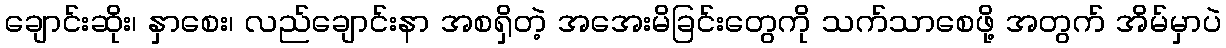
ချောင်းဆိုး၊ နှာစေး၊ လည်ချောင်းနာ အစရှိတဲ့ အအေးမိခြင်းတွေကို သက်သာစေဖို့ အတွက် အိမ်မှာပဲ